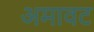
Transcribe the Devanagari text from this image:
अमावट